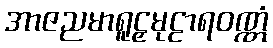
အာဇညမာရူဠှမုဠာရဝဏ္ဏံ